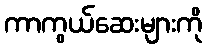
ကာကွယ်ဆေးများကို